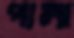
পালা